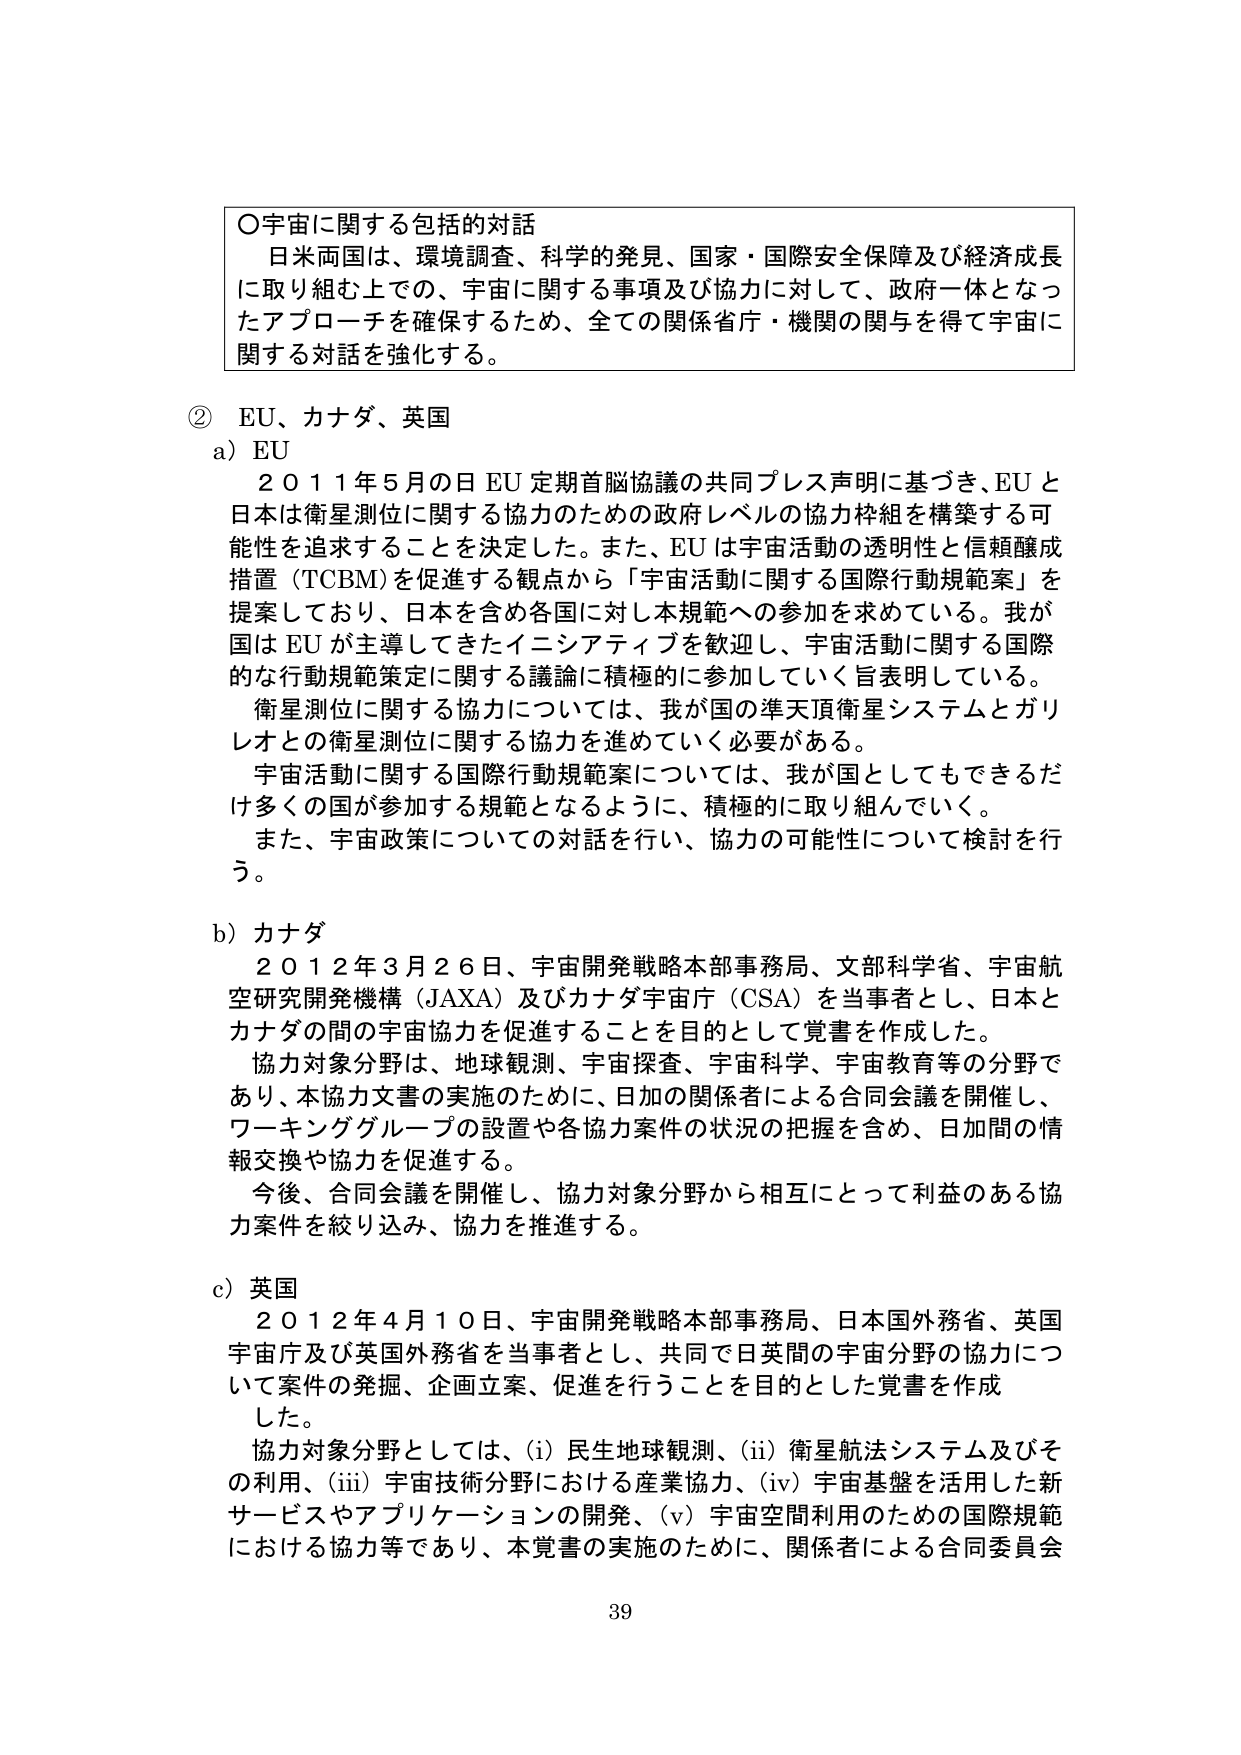
〇宇宙に関する包括的対話
日米両国は、環境調査、科学的発見、国家・国際安全保障及び経済成長に取り組む上での、宇宙に関する事項及び協力に対して、政府一体となったアプローチを確保するため、全ての関係省庁・機関の関与を得て宇宙に関する対話を強化する。

② EU、カナダ、英国
a) EU
２０１１年５月の日EU定期首脳協議の共同プレス声明に基づき、EUと日本は衛星測位に関する協力のための政府レベルの協力枠組を構築する可能性を追求することを決定した。また、EUは宇宙活動の透明性と信頼醸成措置（TCBM）を促進する観点から「宇宙活動に関する国際行動規範案」を提案しており、日本を含め各国に対し本規範への参加を求めている。我が国はEUが主導してきたイニシアティブを歓迎し、宇宙活動に関する国際的な行動規範策定に関する議論に積極的に参加していく旨表明している。
衛星測位に関する協力については、我が国の準天頂衛星システムとガリレオとの衛星測位に関する協力を進めていく必要がある。
宇宙活動に関する国際行動規範案については、我が国としてもできるだけ多くの国が参加する規範となるように、積極的に取り組んでいく。
また、宇宙政策についての対話を行い、協力の可能性について検討を行う。

b) カナダ
２０１２年３月２６日、宇宙開発戦略本部事務局、文部科学省、宇宙航空研究開発機構（JAXA）及びカナダ宇宙庁（CSA）を当事者とし、日本とカナダの間の宇宙協力を促進することを目的として覚書を作成した。
協力対象分野は、地球観測、宇宙探査、宇宙科学、宇宙教育等の分野であり、本協力文書の実施のために、日加の関係者による合同会議を開催し、ワーキンググループの設置や各協力案件の状況の把握を含め、日加間の情報交換や協力を促進する。
今後、合同会議を開催し、協力対象分野から相互にとって利益のある協力案件を絞り込み、協力を推進する。

c) 英国
２０１２年４月１０日、宇宙開発戦略本部事務局、日本国外務省、英国宇宙庁及び英国外務省を当事者とし、共同で日英間の宇宙分野の協力について案件の発掘、企画立案、促進を行うことを目的とした覚書を作成した。
協力対象分野としては、(i) 民生地球観測、(ii) 衛星航法システム及びその利用、(iii) 宇宙技術分野における産業協力、(iv) 宇宙基盤を活用した新サービスやアプリケーションの開発、(v) 宇宙空間利用のための国際規範における協力等であり、本覚書の実施のために、関係者による合同委員会

39